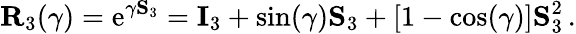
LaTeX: \mathbf{R}_{3}(\gamma)=\mathrm{e}^{\gamma\mathbf{S}_{3}}=\mathbf{I}_{3}+\sin(\gamma)\mathbf{S}_{3}+[1-\cos(\gamma)]\mathbf{S}_{3}^{2}\, .